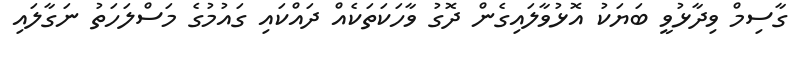
ގާސިމް ވިދާޅުވީ ބަޔަކު އޮޅުވާލައިގެން ދޮގު ވާހަކަތަކެއް ދައްކައި ގައުމުގެ މަސްލަހަތު ނަގާލައި